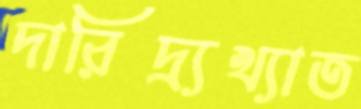
দারিদ্র্যখ্যাত